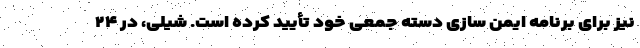
نیز برای برنامه ایمن سازی دسته جمعی خود تأیید کرده است. شیلی، در ۲۴